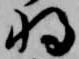
将